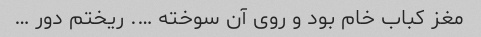
مغز کباب خام بود و روی آن سوخته …. ریختم دور …